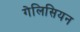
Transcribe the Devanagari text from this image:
गेलिसियन